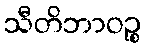
သီတိဘာဝဉ္စ